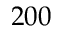
2 0 0